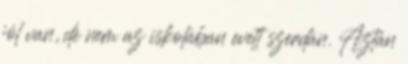
jól van, de nem az iskolában evett szerdán. Aztán